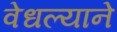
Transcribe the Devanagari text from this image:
वेधल्याने